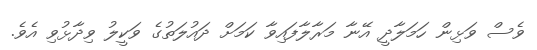
ވެސް ވަޅިން ހަމަލާދީ އޭނާ މަރާލާފައިވާ ކަމަށް ދައުލަތުގެ ވަކީލު ވިދާޅުވި އެވެ.